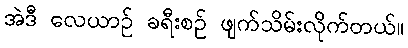
အဲဒီ လေယာဉ် ခရီးစဉ် ဖျက်သိမ်းလိုက်တယ်။